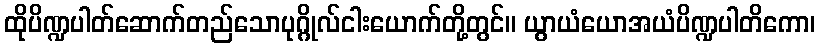
ထိုပိဏ္ဍပါတ်ဆောက်တည်သောပုဂ္ဂိုလ်ငါးယောက်တို့တွင်။ ယွာယံယောအယံပိဏ္ဍပါတိကော၊